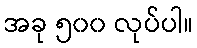
အခု ၅၀၀ လုပ်ပါ။